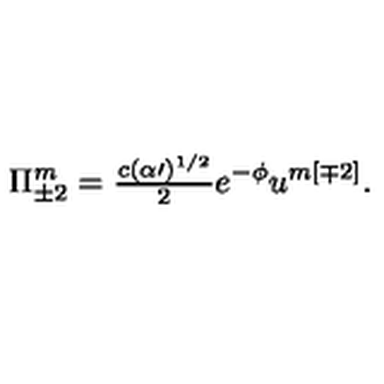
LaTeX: \Pi _ { \pm 2 } ^ { m } = { \textstyle \frac { c ( \alpha \prime ) ^ { 1 / 2 } } { 2 } } e ^ { - \phi } u ^ { m [ \mp 2 ] } .